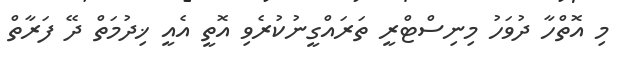
މި އޮތްހާ ދުވަހު މިނިސްޓްރީ ތަރައްގީނުކުރެވި އޮތީ އެއީ ޚިދުމަތް ދޭ ފަރާތް